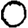
Digit: 0